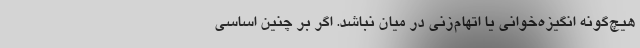
هیچ‌گونه انگیزه‌خوانی یا اتهام‌زنی در میان نباشد. اگر بر چنین اساسی